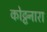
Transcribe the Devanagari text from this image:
कोट्टनारा